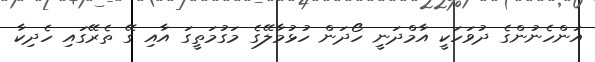
އަންހެނުންގެ ދުވަހަކީ އާމްދަނީ ހޯދަން ހުޅުމާލޭގެ މަގުމަތީގަ އާއި ގޭ ތެރޭގައި ހެދިކާ